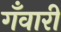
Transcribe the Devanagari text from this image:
गँवारी